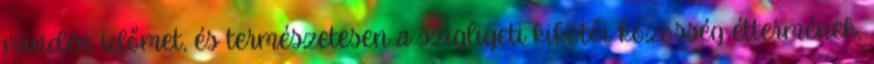
minden időmet, és természetesen a szigligeti kikötői közösség éttermének,